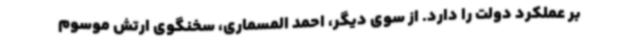
بر عملکرد دولت را دارد. از سوی دیگر، احمد المسماری، سخنگوی ارتش موسوم